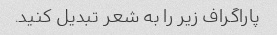
پاراگراف زیر را به شعر تبدیل کنید.